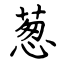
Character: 葱